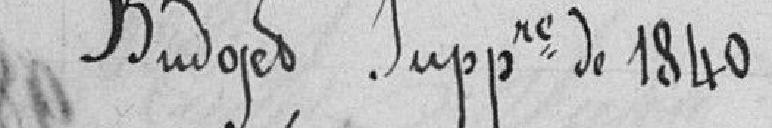
Budget Supplémentaire de 1840